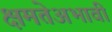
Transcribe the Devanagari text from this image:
क्षमतेअभावी